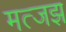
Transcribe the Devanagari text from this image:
मत्जझ